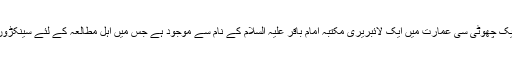
کچورا مرکزی بازار کے قریب ایک چھوٹی سی عمارت میں ایک لائبریری مکتبہ امام باقر علیہ السلام کے نام سے موجود ہے جس میں اہل مطالعہ کے لئے سینکڑوں کی تعداد میں کتابیں موجود ہے۔